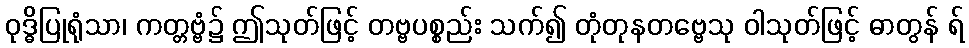
ဝုဒ္ဓိပြုရုံသာ၊ ကတ္တဗ္ဗံ၌ ဤသုတ်ဖြင့် တဗ္ဗပစ္စည်း သက်၍ တုံတုနတဗ္ဗေသု ဝါသုတ်ဖြင့် ဓာတွန် ရ်